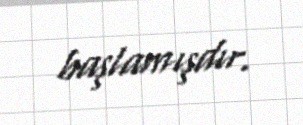
başlamışdır.